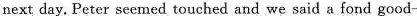
next day. Peter scemed touched and we said a fond good-